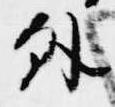
外